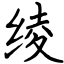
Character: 绫